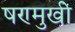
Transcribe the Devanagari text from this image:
षण्मुखी